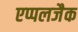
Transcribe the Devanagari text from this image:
एप्पलजैक